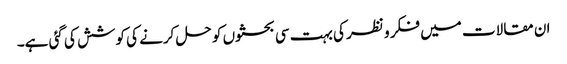
ان مقالات میں فکر و نظر کی بہت سی بحثوں کو حل کرنے کی کوشش کی گئی ہے۔